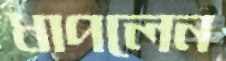
ধাপলেন